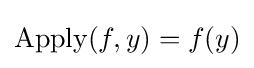
{\mbox{Apply}}(f,y)=f(y)